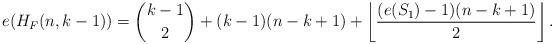
LaTeX: \begin{align*}e(H_F(n,k-1)) & = \binom{k-1}{2}+(k-1)(n-k+1)+ \left\lfloor \frac{(e(S_1)-1)(n-k+1)}{2} \right\rfloor.\end{align*}